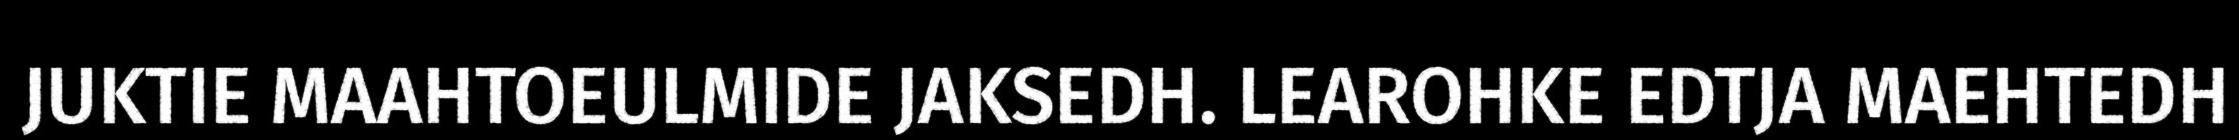
JUKTIE MAAHTOEULMIDE JAKSEDH. LEAROHKE EDTJA MAEHTEDH